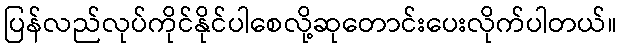
ပြန်လည်လုပ်ကိုင်နိုင်ပါစေလို့ဆုတောင်းပေးလိုက်ပါတယ်။